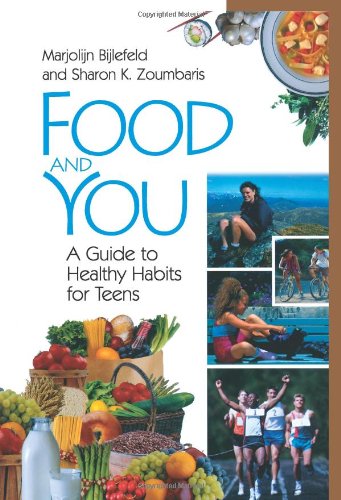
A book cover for Food and You: A Guide to Healthy Habits for Teens; Marjolijn Bijlefeld; Teen & Young Adult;